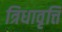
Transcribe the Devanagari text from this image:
त्रिधावृत्ति